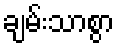
ချမ်းသာစွာ